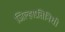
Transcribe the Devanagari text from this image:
जिल्हाप्रतिनिधी